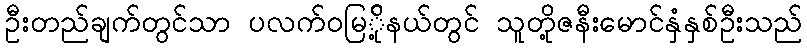
ဦးတည်ချက်တွင်သာ ပလက်ဝမြ်ို့နယ်တွင် သူတို့ဇနီးမောင်နှံနှစ်ဦးသည်